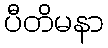
ပီတိမနာ